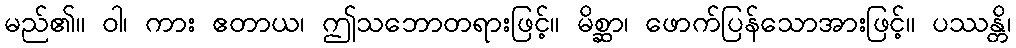
မည်၏။ ဝါ၊ ကား ဧတာယ၊ ဤသဘောတရားဖြင့်။ မိစ္ဆာ၊ ဖောက်ပြန်သောအားဖြင့်။ ပဿန္တိ၊